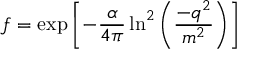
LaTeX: f = \exp \left[ - \frac { \alpha } { 4 \pi } \ln ^ { 2 } \left( \frac { - q ^ { 2 } } { m ^ { 2 } } \right) \right]